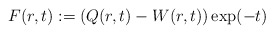
\begin{align*}F(r,t):=(Q(r,t)-W(r,t))\exp(- t)\end{align*}